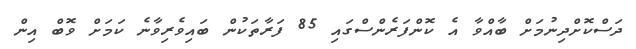
ދަސްކޮށްދިނުމަށް ބާއްވާ އެ ކޮންފަރެންސްގައި 85 ފަރާތަކުން ބައިވެރިވާނެ ކަމަށް ވޮބް އިން